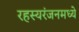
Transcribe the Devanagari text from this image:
रहस्यरंजनमध्ये